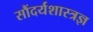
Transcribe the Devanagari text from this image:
सौंदर्यशास्त्रज्ञ